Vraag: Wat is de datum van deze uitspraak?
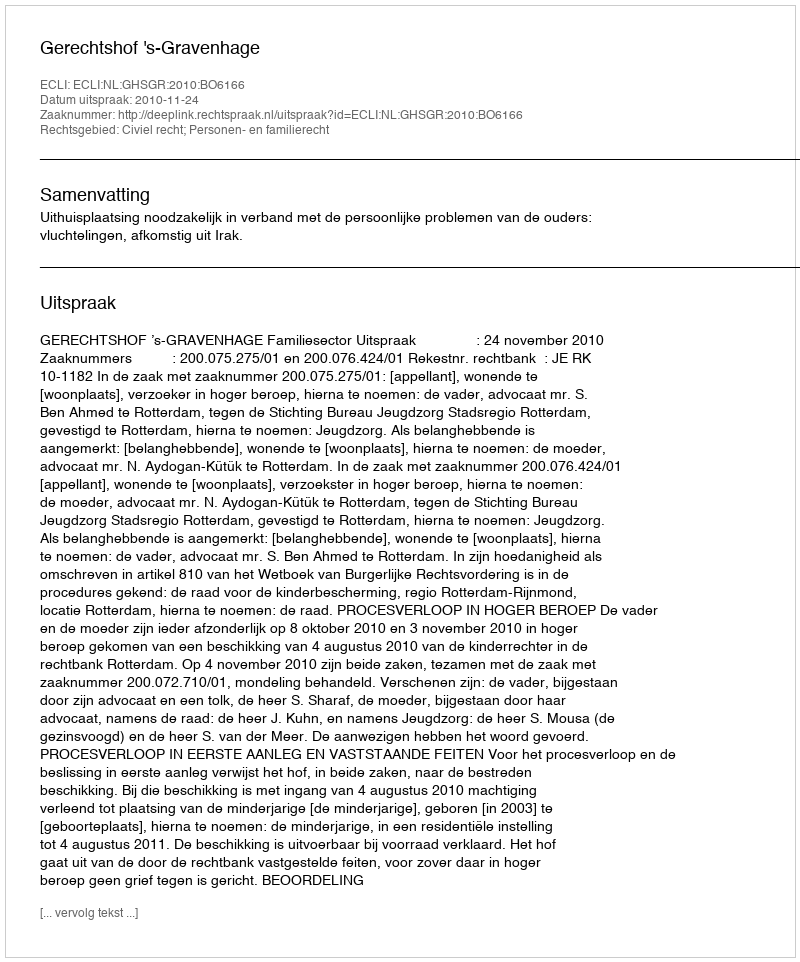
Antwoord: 2010-11-24